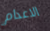
الاعدام